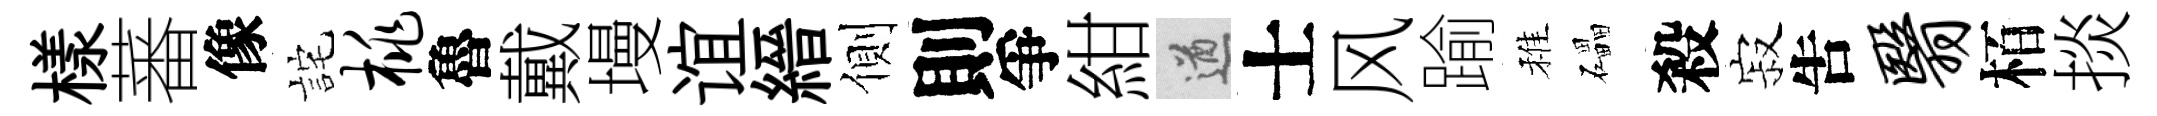
樣蕃像詫桃魯戴墁谊縉側則爭紺遒士风踰稚礧殺寂吿翳栢掞